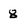
Character: 8